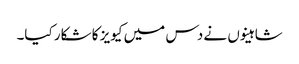
شاہینوں نے دس میں کیویز کا شکار کیا۔